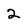
Character: 2